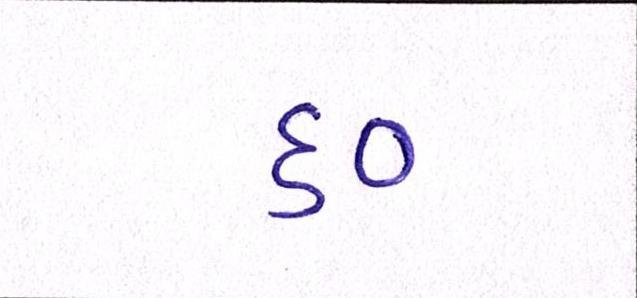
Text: ૬૦